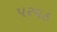
પરવઠ